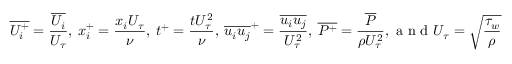
\overline { { { U _ { i } ^ { + } } } } = \frac { \overline { { U _ { i } } } } { U _ { \tau } } , ~ { x _ { i } ^ { + } } = \frac { x _ { i } U _ { \tau } } { \nu } , ~ t ^ { + } = { \frac { t U _ { \tau } ^ { 2 } } { \nu } } , ~ \overline { { u _ { i } u _ { j } } } ^ { + } = \frac { \overline { { u _ { i } u _ { j } } } } { U _ { \tau } ^ { 2 } } , ~ \overline { { { P ^ { + } } } } = \frac { \overline { { P } } } { \rho U _ { \tau } ^ { 2 } } , \mathrm { ~ a ~ n ~ d ~ } U _ { \tau } = \sqrt { \frac { \tau _ { w } } { \rho } } .